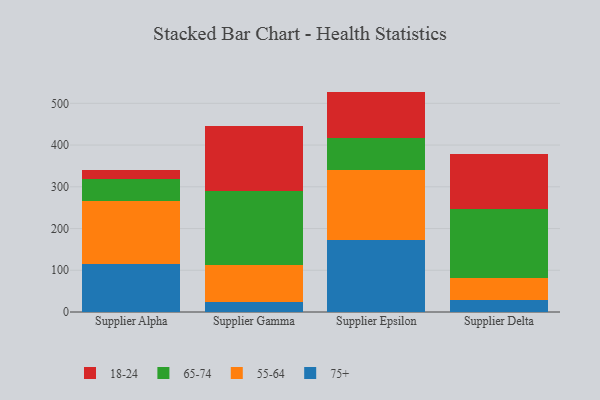
{"axis": {"x": "Supplier", "y": "Website Visitors"}, "legend": ["18-24", "55-64", "65-74", "75+"], "data": [{"x": "Supplier Alpha", "y": 114.5, "type": "75+"}, {"x": "Supplier Alpha", "y": 151.6, "type": "55-64"}, {"x": "Supplier Alpha", "y": 52.3, "type": "65-74"}, {"x": "Supplier Alpha", "y": 20.7, "type": "18-24"}, {"x": "Supplier Gamma", "y": 23.7, "type": "75+"}, {"x": "Supplier Gamma", "y": 88.7, "type": "55-64"}, {"x": "Supplier Gamma", "y": 177.2, "type": "65-74"}, {"x": "Supplier Gamma", "y": 155.6, "type": "18-24"}, {"x": "Supplier Epsilon", "y": 173.0, "type": "75+"}, {"x": "Supplier Epsilon", "y": 167.3, "type": "55-64"}, {"x": "Supplier Epsilon", "y": 77.5, "type": "65-74"}, {"x": "Supplier Epsilon", "y": 110.3, "type": "18-24"}, {"x": "Supplier Delta", "y": 28.6, "type": "75+"}, {"x": "Supplier Delta", "y": 53.7, "type": "55-64"}, {"x": "Supplier Delta", "y": 164.3, "type": "65-74"}, {"x": "Supplier Delta", "y": 131.6, "type": "18-24"}]}